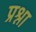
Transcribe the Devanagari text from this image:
प्रश्ना